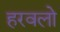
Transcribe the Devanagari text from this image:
हरवलो